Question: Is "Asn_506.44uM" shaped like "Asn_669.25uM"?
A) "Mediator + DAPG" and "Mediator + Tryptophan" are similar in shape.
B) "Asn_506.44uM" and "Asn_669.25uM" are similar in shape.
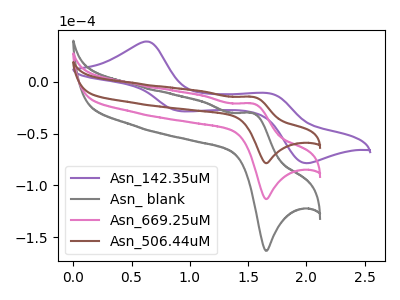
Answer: <think>The purple curve "Asn_142.35uM" has anodic peaks at (0.65V, 39.00uA) (1.70V, -11.15uA) and cathodic peaks at (0.90V, -28.35uA) (2.00V, -78.65uA). The gray curve "Asn_ blank" has an anodic peak at (1.55V, -41.95uA) and a cathodic peak at (1.65V, -226.65uA). The pink curve "Asn_669.25uM" has an anodic peak at (1.55V, -20.95uA) and a cathodic peak at (1.65V, -113.30uA). The brown curve "Asn_506.44uM" has an anodic peak at (1.55V, -14.55uA) and a cathodic peak at (1.65V, -78.65uA).
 All the peaks in "Asn_506.44uM" have a peak in "Asn_669.25uM" at the same potential.</think>
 <answer>B) "Asn_506.44uM" and "Asn_669.25uM" are similar in shape.</answer>
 <eval>B</eval>